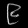
Digit: ၉